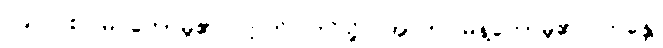
၁၉၂။ စင်မြင်တော်မူ၏။ ဣတိ၊ ဤသို့။ အာဟ၊ မိန့်တော်မူ၏။ ဘန္တေ၊